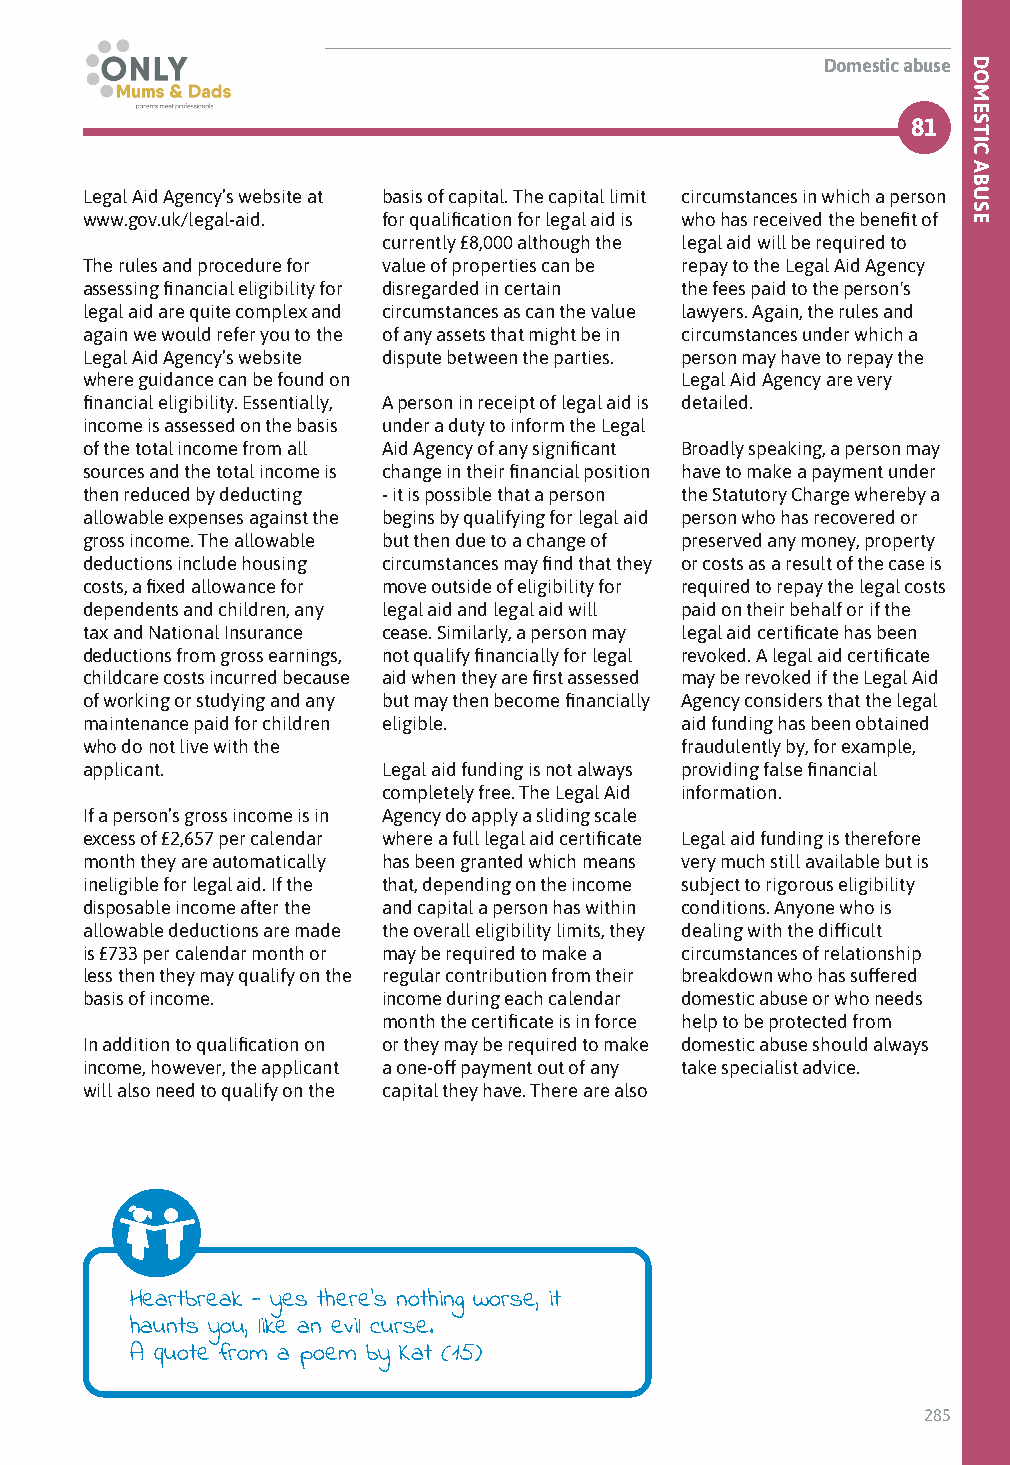
Domestic abuse
 81
 Legal Aid Agency’s website at basis of capital. The capital limit circumstances in which a person
 www.gov.uk/legal-aid. for qualification for legal aid is who has received the benefit of
 currently £8,000 although the legal aid will be required to
 The rules and procedure for value of properties can be repay to the Legal Aid Agency
 assessing financial eligibility for disregarded in certain the fees paid to the person's
 legal aid are quite complex and circumstances as can the value lawyers. Again, the rules and
 again we would refer you to the of any assets that might be in circumstances under which a
 Legal Aid Agency’s website dispute between the parties. person may have to repay the
 where guidance can be found on          Legal Aid Agency are very
 financial eligibility. Essentially, A person in receipt of legal aid is detailed.
 income is assessed on the basis under a duty to inform the Legal
 of the total income from all Aid Agency of any significant Broadly speaking, a person may
 sources and the total income is change in their financial position have to make a payment under
 then reduced by deducting - it is possible that a person the Statutory Charge whereby a
 allowable expenses against the begins by qualifying for legal aid person who has recovered or
 gross income. The allowable but then due to a change of preserved any money, property
 deductions include housing circumstances may find that they or costs as a result of the case is
 costs, a fixed allowance for move outside of eligibility for required to repay the legal costs
 dependents and children, any legal aid and legal aid will paid on their behalf or if the
 tax and National Insurance cease. Similarly, a person may legal aid certificate has been
 deductions from gross earnings, not qualify financially for legal revoked. A legal aid certificate
 childcare costs incurred because aid when they are first assessed may be revoked if the Legal Aid
 of working or studying and any but may then become financially Agency considers that the legal
 maintenance paid for children eligible. aid funding has been obtained
 who do not live with the                fraudulently by, for example,
 applicant.          Legal aid funding is not always providing false financial
 completely free. The Legal Aid information.
 If a person’s gross income is in Agency do apply a sliding scale
 excess of £2,657 per calendar where a full legal aid certificate Legal aid funding is therefore
 month they are automatically has been granted which means very much still available but is
 ineligible for legal aid. If the that, depending on the income subject to rigorous eligibility
 disposable income after the and capital a person has within conditions. Anyone who is
 allowable deductions are made the overall eligibility limits, they dealing with the difficult
 is £733 per calendar month or may be required to make a circumstances of relationship
 less then they may qualify on the regular contribution from their breakdown who has suffered
 basis of income.    income during each calendar domestic abuse or who needs
 month the certificate is in force help to be protected from
 In addition to qualification on or they may be required to make domestic abuse should always
 income, however, the applicant a one-off payment out of any take specialist advice.
 will also need to qualify on the capital they have. There are also
 Heartbreak - yes there’s nothing worse, it
 haunts you, like an evil curse.
 A quote from a poem by Kat (15)
 285
 DOMESTIC
 ABUSE